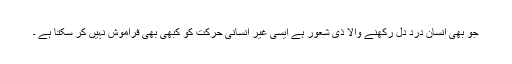
جو بھی انسان درد دل رکھنے والا ذی شعور ہے ایسی غیر انسانی حرکت کو کبھی بھی فراموش نہیں کر سکتا ہے ۔